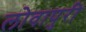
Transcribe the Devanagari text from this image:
लोवापुरी